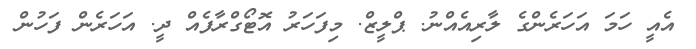
އެއީ ހަމަ އަހަރެންގެ ލާރިއެއްނު. ޕްލީޒް. މިފަހަރު އޮޓޯގްރާފެއް ދީ. އަހަރެން ފަހުން